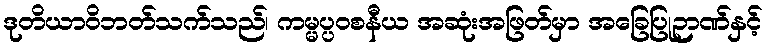
ဒုတိယာဝိဘတ်သက်သည်၊ ကမ္မပ္ပဝစနီယ အဆုံးအဖြတ်မှာ အခြေပြုဉာဏ်နှင့်